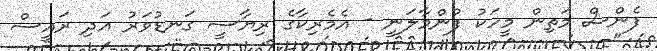
ފެންސް މަތިން މީހަކު ފުންމާލަނީ - އެމެރިކާގެ ރިޔާސީ ގަނޑުވަރު އަދި ރައީސް